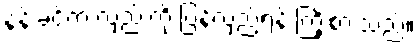
နန်းခင်က လှည်းကို ပြန်လှည့်ရန် ကြိုးစားသည်။